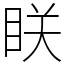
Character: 眹